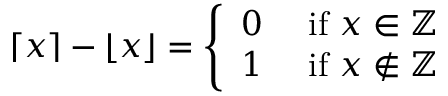
\lceil x \rceil - \lfloor x \rfloor = { \left\{ \begin{array} { l l } { 0 } & { { \mathrm { ~ i f ~ } } x \in \mathbb { Z } } \\ { 1 } & { { \mathrm { ~ i f ~ } } x \not \in \mathbb { Z } } \end{array} \right. }